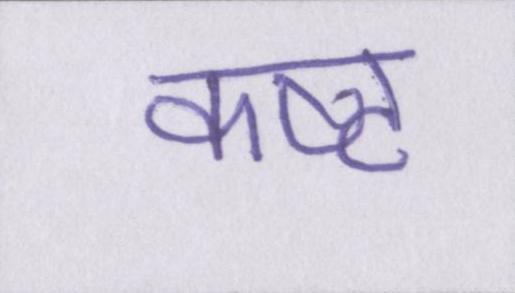
कष्ट